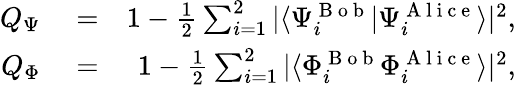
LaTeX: \begin{array}{rlr}{Q_{\Psi}}&{{}=}&{1-\frac{1}{2}\sum_{i=1}^{2}|\langle{\Psi_{i}^{\mathrm{~B~o~b~}}}|{\Psi_{i}^{\mathrm{~A~l~i~c~e~}}}\rangle|^{2},}\\ {Q_{\Phi}}&{{}=}&{1-\frac{1}{2}\sum_{i=1}^{2}|\langle{\Phi_{i}^{\mathrm{~B~o~b~}}}{\Phi_{i}^{\mathrm{~A~l~i~c~e~}}}\rangle|^{2},}\end{array}